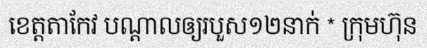
ខេត្តតាកែវ បណ្តាលឲ្យរបួស១២នាក់ * ក្រុមហ៊ុន